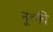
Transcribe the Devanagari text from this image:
नूश्की